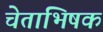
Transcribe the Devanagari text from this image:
चेताभिषक